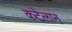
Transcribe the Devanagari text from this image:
कटेलान